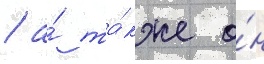
/ а́ та́кже о́н